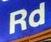
rd